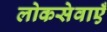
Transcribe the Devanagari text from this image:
लोकसेवाएँ